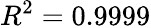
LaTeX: R^{2}=0.9999